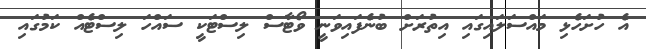
އެ ހުށަހެޅި މައްސަލައިގައި އިތުރަށް ބުނެފައިވަނީ ވޯޓާސް ލިސްޓަކީ ސައްހަ ލިސްޓެއް ކަމުގައި